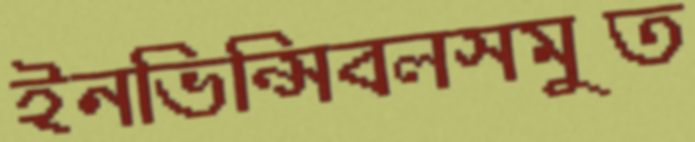
ইনভিন্সিবলসমুত